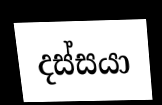
දස්සයා